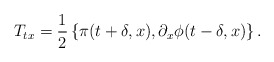
\begin{align*}T_{tx} = {1 \over 2} \left\{ \pi(t+\delta,x),\partial_x \phi(t-\delta,x) \right\}.\end{align*}